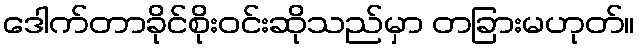
ဒေါက်တာခိုင်စိုးဝင်းဆိုသည်မှာ တခြားမဟုတ်။